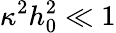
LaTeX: \kappa^{2}h_{0}^{2}\ll 1